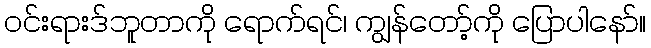
ဝင်းရားဒ်ဘူတာကို ရောက်ရင်၊ ကျွန်တော့်ကို ပြောပါနော်။